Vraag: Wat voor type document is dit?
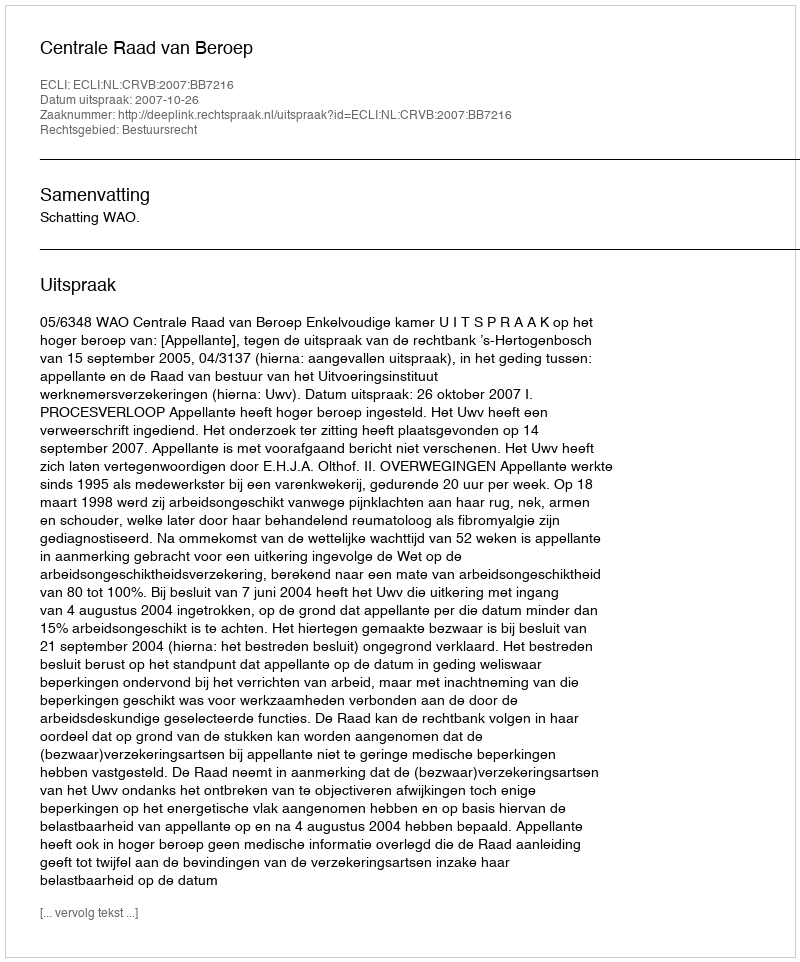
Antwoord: Uitspraak